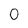
Character: 0